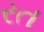
રત